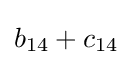
b_{14}+c_{14}